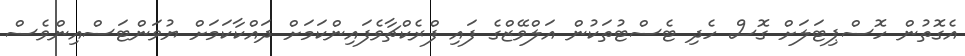
އެގޮތުން ހޮސްޕިޓަލަށް ގޮސް ހެދި ޓެސްޓުތަކުން އަލްވޭޒްގެ ފައި ފްރެކްޗާވެފައިންކަމަށް ދައްކާކަމަށް ޔުވަންޓަސްއިންވެސް